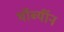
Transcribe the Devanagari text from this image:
थॉर्ब्यॉन